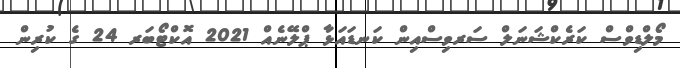
މޯލްޑިވްސް ކަރެކްޝަނަލް ސަރވިސްއިން ކަނޑައަޅާ ޕްލޭނެއް 2021 އޮކްޓޯބަރ 24 ގެ ކުރިން